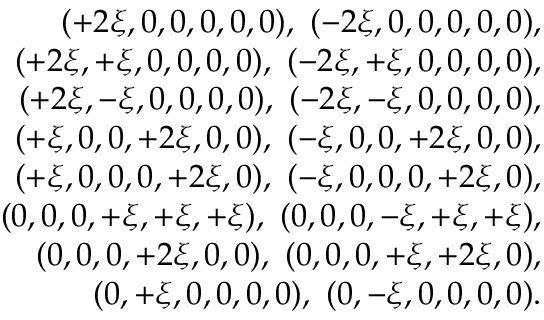
\begin{array} { r l r } & { } & { ( + 2 \xi , 0 , 0 , 0 , 0 , 0 ) , \ ( - 2 \xi , 0 , 0 , 0 , 0 , 0 ) , } \\ & { } & { ( + 2 \xi , + \xi , 0 , 0 , 0 , 0 ) , \ ( - 2 \xi , + \xi , 0 , 0 , 0 , 0 ) , } \\ & { } & { ( + 2 \xi , - \xi , 0 , 0 , 0 , 0 ) , \ ( - 2 \xi , - \xi , 0 , 0 , 0 , 0 ) , } \\ & { } & { ( + \xi , 0 , 0 , + 2 \xi , 0 , 0 ) , \ ( - \xi , 0 , 0 , + 2 \xi , 0 , 0 ) , } \\ & { } & { ( + \xi , 0 , 0 , 0 , + 2 \xi , 0 ) , \ ( - \xi , 0 , 0 , 0 , + 2 \xi , 0 ) , } \\ & { } & { ( 0 , 0 , 0 , + \xi , + \xi , + \xi ) , \ ( 0 , 0 , 0 , - \xi , + \xi , + \xi ) , } \\ & { } & { ( 0 , 0 , 0 , + 2 \xi , 0 , 0 ) , \ ( 0 , 0 , 0 , + \xi , + 2 \xi , 0 ) , } \\ & { } & { ( 0 , + \xi , 0 , 0 , 0 , 0 ) , \ ( 0 , - \xi , 0 , 0 , 0 , 0 ) . } \end{array}